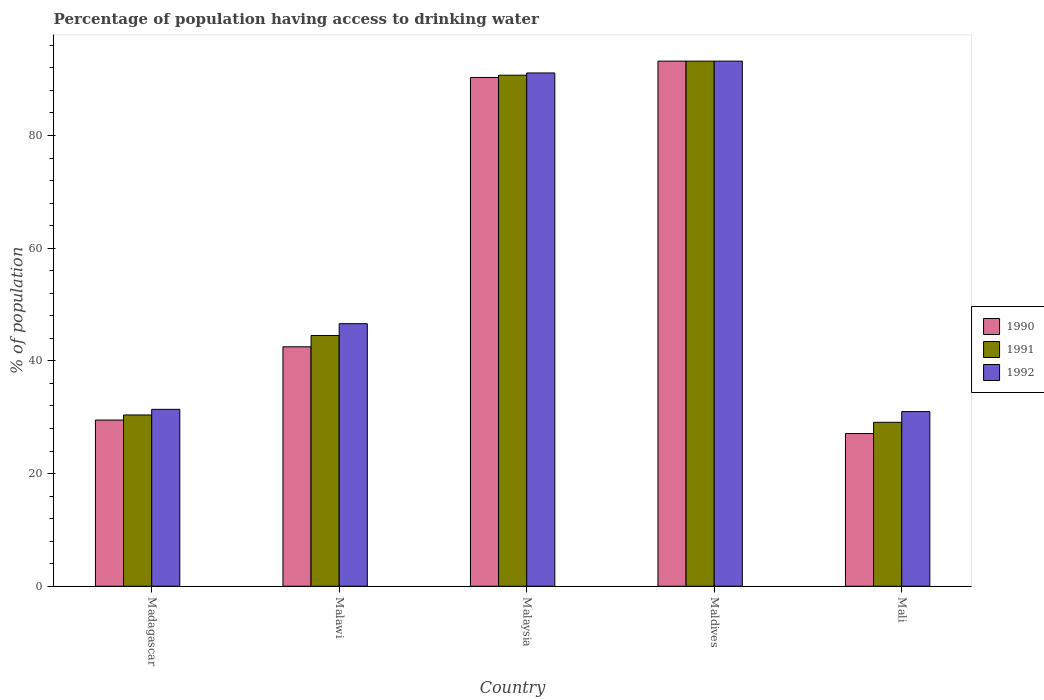
| Country | 1990 | 1991 | 1992 |
 | --- | --- | --- | --- |
 | Madagascar | 29.5 | 30.4 | 31.4 |
 | Malawi | 42.5 | 44.5 | 46.6 |
 | Malaysia | 90.3 | 90.7 | 91.1 |
 | Maldives | 93.2 | 93.2 | 93.2 |
 | Mali | 27.1 | 29.1 | 31 |